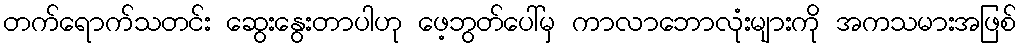
တက်ရောက်သတင်း ဆွေးနွေးတာပါဟု ဖေ့ဘွတ်ပေါ်မှ ကာလာဘောလုံးများကို အကသမားအဖြစ်